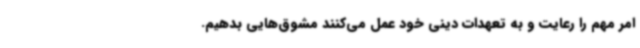
امر مهم را رعایت و به تعهدات دینی خود عمل می‌کنند مشوق‌هایی بدهیم.